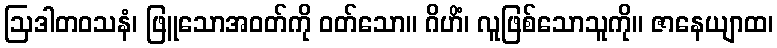
ဩဒါတဝသနံ၊ ဖြူသောအဝတ်ကို ဝတ်သော။ ဂိဟိံ၊ လူဖြစ်သောသူကို။ ဇာနေယျာထ၊